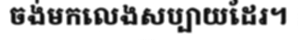
ចង់មកលេងសប្បាយដែរ។